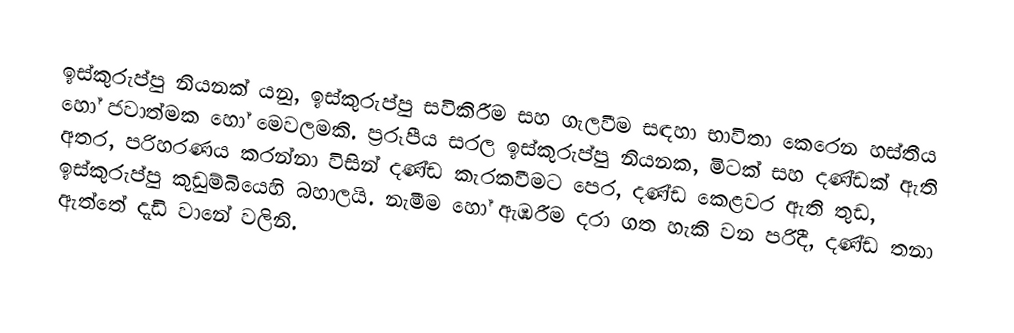
ඉස්කුරුප්පු නියනක් යනු, ඉස්කුරුප්පු සවිකිරීම සහ ගැලවීම සඳහා භාවිතා කෙරෙන හස්තීය හෝ ජවාත්මක හෝ මෙවලමකි. ප්‍රරූපීය සරල ඉස්කුරුප්පු නියනක, මිටක් සහ දණ්ඩක් ඇති අතර, පරිහරණය කරන්නා විසින් දණ්ඩ කැරකවීමට පෙර,  දණ්ඩ කෙළවර ඇති තුඩ, ඉස්කුරුප්පු කුඩුම්බියෙහි බහාලයි. නැමීම හෝ ඇඹරීම දරා ගත හැකි වන පරිදී, දණ්ඩ තනා ඇත්තේ දැඩි වානේ වලිනි.